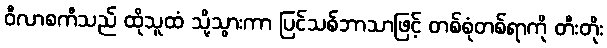
ဝီလာစကီသည် ထိုသူထံ သို့သွားကာ ပြင်သစ်ဘာသာဖြင့် တစ်စုံတစ်ရာကို တီးတိုး